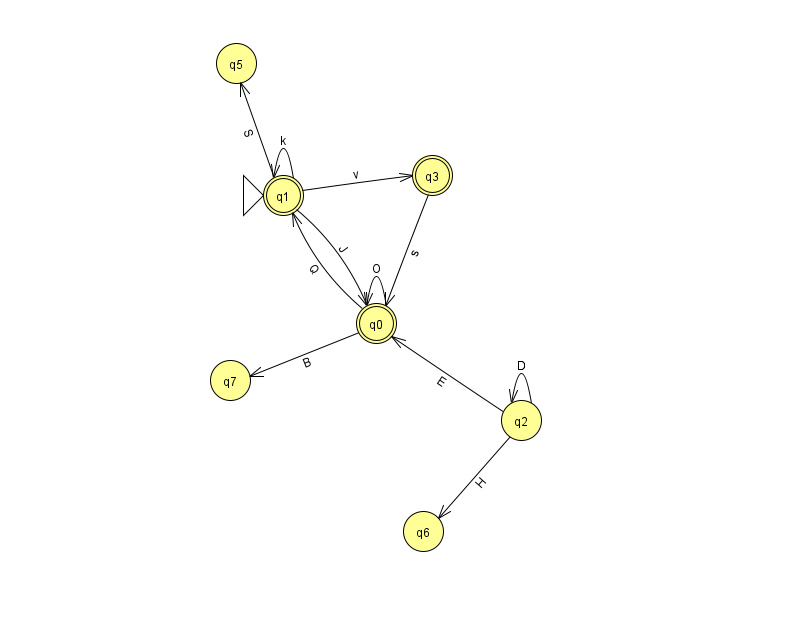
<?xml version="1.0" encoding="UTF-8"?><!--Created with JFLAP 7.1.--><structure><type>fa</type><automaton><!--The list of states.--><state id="0" name="q0"><x>376.0</x><y>310.0</y><final/></state><state id="1" name="q1"><x>283.0</x><y>182.0</y><initial/><final/></state><state id="2" name="q2"><x>521.0</x><y>407.0</y></state><state id="3" name="q3"><x>432.0</x><y>162.0</y><final/></state><state id="5" name="q5"><x>236.0</x><y>50.0</y></state><state id="6" name="q6"><x>423.0</x><y>518.0</y></state><state id="7" name="q7"><x>230.0</x><y>367.0</y></state><!--The list of transitions.--><transition><from>3</from><to>0</to><read>s</read></transition><transition><from>1</from><to>5</to><read>S</read></transition><transition><from>2</from><to>2</to><read>D</read></transition><transition><from>2</from><to>6</to><read>H</read></transition><transition><from>1</from><to>0</to><read>J</read></transition><transition><from>1</from><to>3</to><read>v</read></transition><transition><from>2</from><to>0</to><read>E</read></transition><transition><from>0</from><to>7</to><read>B</read></transition><transition><from>1</from><to>1</to><read>k</read></transition><transition><from>0</from><to>1</to><read>Q</read></transition><transition><from>0</from><to>0</to><read>O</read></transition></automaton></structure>